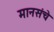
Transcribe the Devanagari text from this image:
मानसंचे